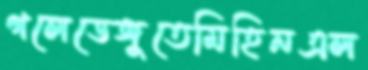
গলেডেঙ্গুতেমিহিনএল